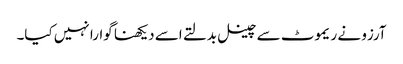
آرزو نے ریموٹ سے چینل بدلتے اسے دیکھنا گوارا نہیں کیا۔